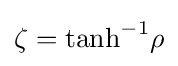
\zeta ={\rm {tanh}}^{-1}\rho